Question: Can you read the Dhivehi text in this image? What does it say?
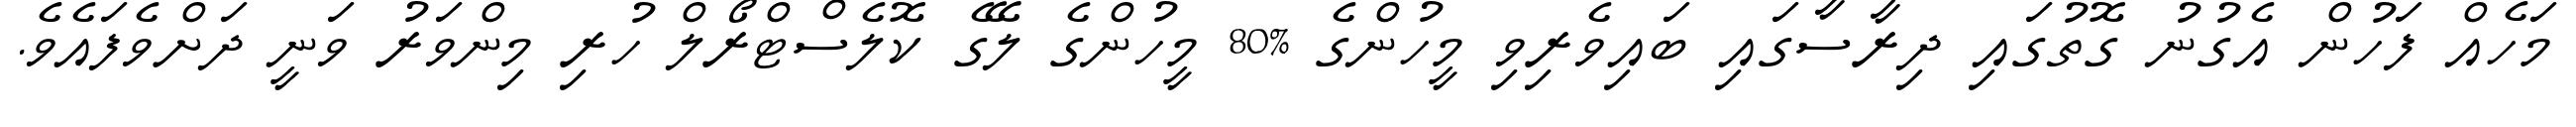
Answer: މަހެއް ފަހުން އެގުނު ގޮތުގައި ދިރާސާގައި ބައިވެރިވި މީހުންގެ %80 މީހުންގެ ލޭގެ ކޮލެސްޓްރޯލް ހުރި މިންވަރު ވަނީ ދަށްވެފައެވެ.